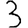
Digit: 3